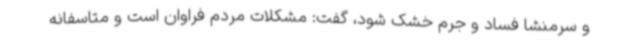
و سرمنشا فساد و جرم خشک شود، گفت: مشکلات مردم فراوان است و متاسفانه